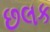
છલક